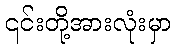
၎င်းတို့အားလုံးမှာ